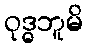
ဝုဒ္ဓဘူမိ